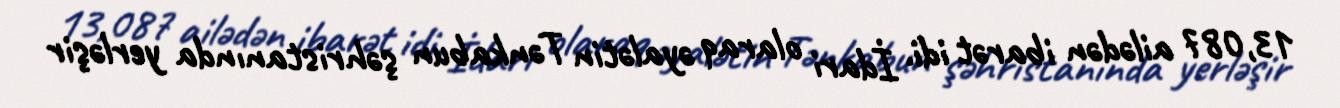
13,087 ailədən ibarət idi. İdari olaraq əyalətin Tənkabun şəhristanında yerləşir